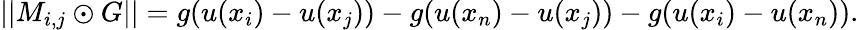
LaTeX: ||M_{i,j}\odot G||=g(u(x_{i})-u(x_{j}))-g(u(x_{n})-u(x_{j}))-g(u(x_{i})-u(x_{n})).